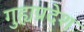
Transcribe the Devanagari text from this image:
गुह्यप्रदेश